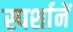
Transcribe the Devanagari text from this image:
स्पर्शानें